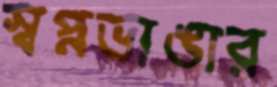
স্বপ্নভাঙার